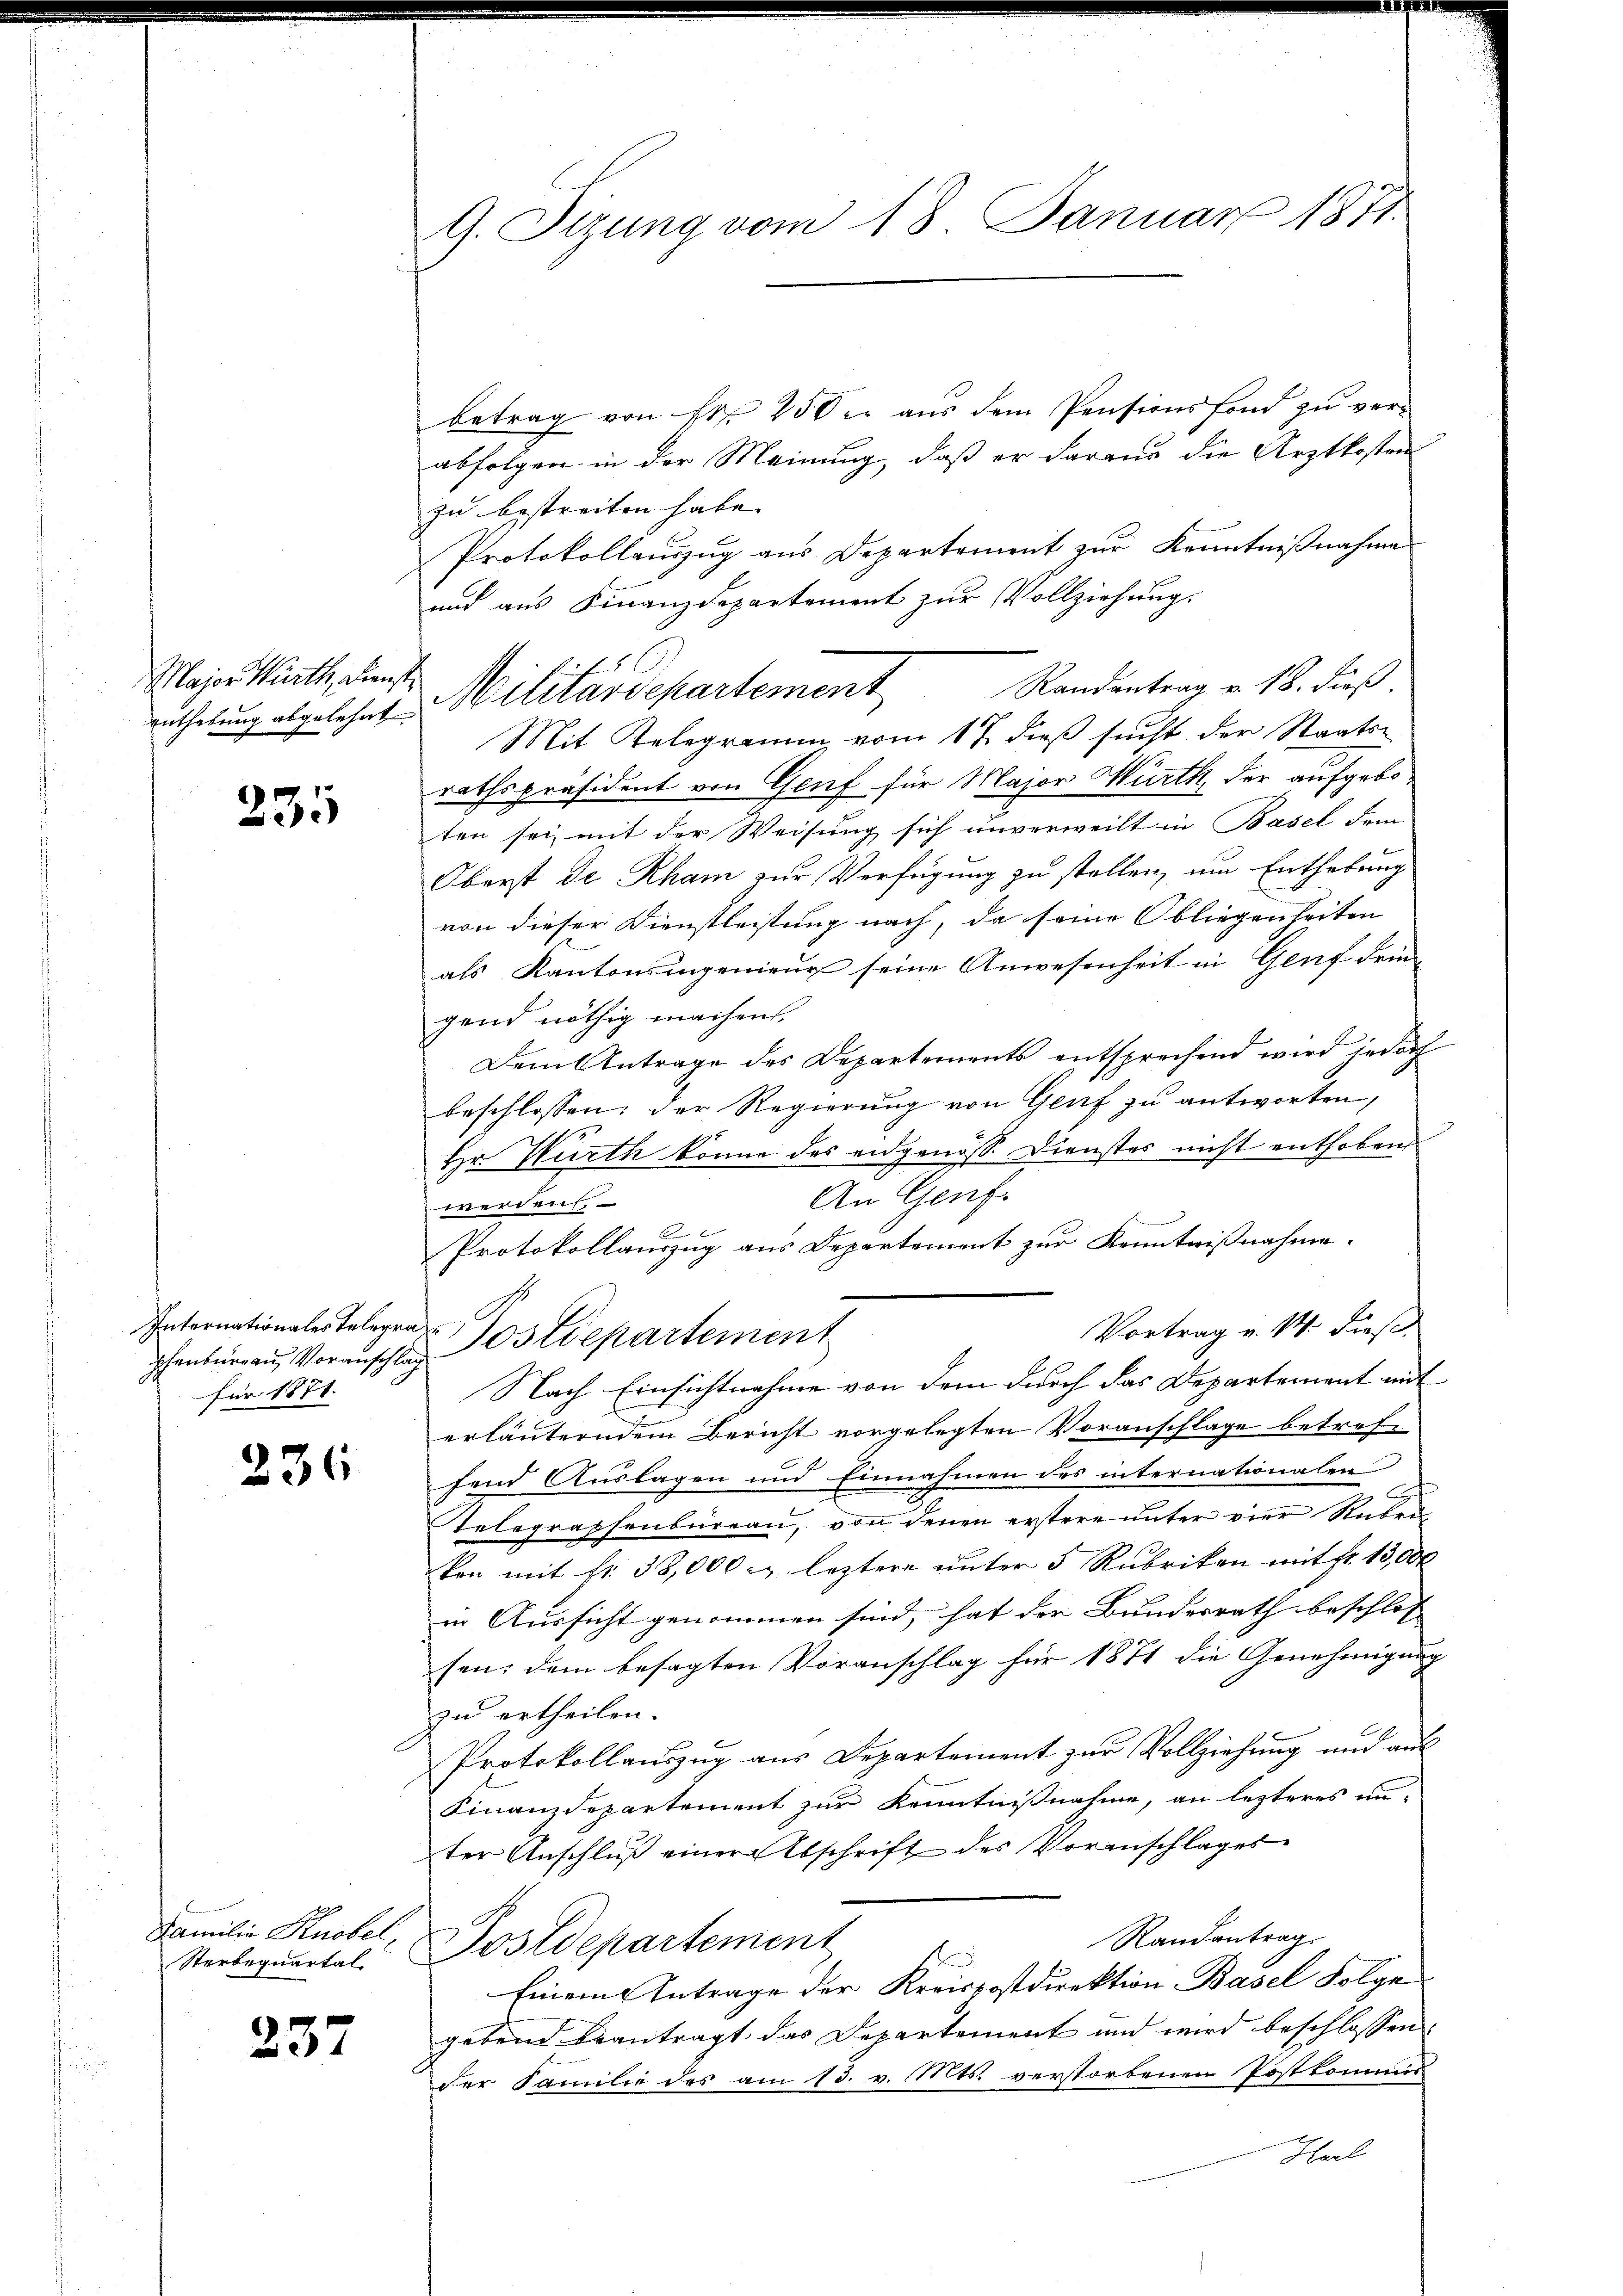
Major Wirth, Dienst

235

Internationales Telegraz
für 1871.

236

Familie Knobel
Sterbequartal

237

G. Sizung vom 18. Januar 1871.

enthebung abgelehnt. Militärdepartement

betrag von Nr. 250. aus dem Pensionsfond zu verabfolgen in der Meinung, daß er daraus die Arztkosten
zu bestreiten habe. |
Protokollauszug aus Departement zur Kenntnißnahme
und aus Finanzdepartement zur Vollziehung.
Randantrag v. 18. dieß
Mit Relegramm vom 17. dieß sucht der Staatsrathspräsident von Genf für Major Würth, der aufgeboten sei, mit der Weisung sich unverweilt in Basel dem
Oberst de Rham zur Verfügung zu stellen, um Enthebung
von dieser Dienstleistung nach, da seine Obliegenheiten
als Kantonsingenieur seine Anwesenheit in Genf drin-
gend nöthig machen,
Dem Antrage des Departements entsprechend wird jedoch
beschlossen: der Regierung von Genf zu antworten,
Hr. Wurth könne des eidgenöss. Dienstes nicht enthoben
An Genf.
werden

Protokollauszug aus Departement zur Kenntnißnahme.
Vortrag v. M. dieß
phenbŭrgaŭ, Voranschlag Ostdepartement
Nach Einsichtnahme von dem durch das Departement mit
erläuterndem Bericht vorgelegten Voranschlage betreffend Auslagen und Einnahmen des internationalen
.
Telegraphenbureau, von denen erstere unter vier Unbei
ken mit fr. 38,000 - leztere unter 3 Rubriken mit Fr. 13,000
in Aussicht genommen sind, hat der Bundesrath beschlos
sen; dem besagten Voranschlag für 1871 die Genehmigung
zu ertheilen.
Protokollauszug aus Departement zur Vollziehung und aus
Finanzdepartement zur Kenntnißnahme, an lezteres un-
ter Anschluß einer Abschrift des Voranschlages
Randantrag
Postdepartement
Einem Antrage der Kreispostdirektion Basel Folge
gebend beantragt das Departement und wird beschlossen
der Familie des am 13. v. Mts. verstorbenen Postkommis
Herl